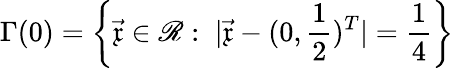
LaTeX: \Gamma(0)=\left\{ \vec{\mathfrak{x}}\in\mathscr{R}:\; |\vec{\mathfrak{x}}-(0,\frac{1}{2})^{T}|=\frac{1}{4}\right\}